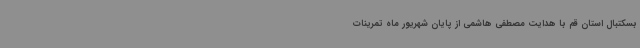
بسکتبال استان قم با هدایت مصطفی هاشمی از پایان شهریور ماه تمرینات